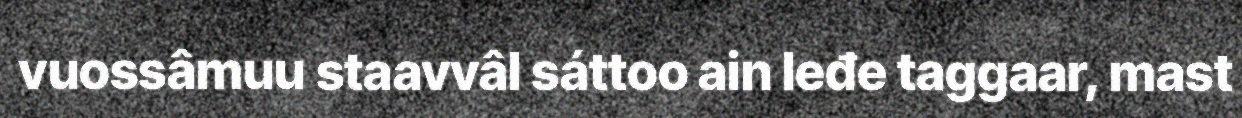
vuossâmuu staavvâl sáttoo ain leđe taggaar, mast